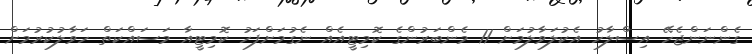
ގެންނަންޖެހޭ އިސްލާހު އެކުލަވާލުމަށް 11 މެންބަރުންގެ ކޮމިޓީއެއް ނެގުމަށްފަހު ކޮމިޓީއާ މަސައްކަތް ހަވާލުކުރުމަށް